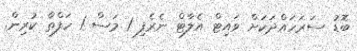
ބޮޑު ސަރަހައްދަކަށް ވައިޓް އެލާޓް ނެރެފި 1 މަސް 1 ހަފްތާ ކުރިން.